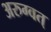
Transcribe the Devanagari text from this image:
अरुग्वत्